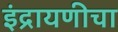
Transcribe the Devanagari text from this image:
इंद्रायणीचा